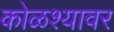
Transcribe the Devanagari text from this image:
कोळश्यावर